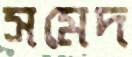
সমেদ